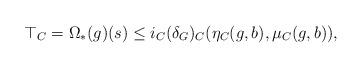
LaTeX: \begin{align*}\top_C = \Omega_\ast(g)(s) \leq i_C (\delta_G)_C (\eta_C(g,b) , \mu_C(g,b)),\end{align*}